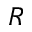
R